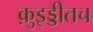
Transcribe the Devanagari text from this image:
क़ुइड्डीतच